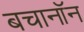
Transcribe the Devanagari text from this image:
बचानॉन